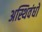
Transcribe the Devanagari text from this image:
अस्थिवंधों